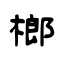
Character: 榔